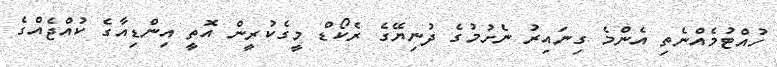
ހުއްޓުމެއްނެތި އެންމެ ގިނައިރު ނެށުމުގެ ދުނިޔޭގެ ރެކޯޑް މީގެކުރީން އޮތީ އިންޑިއާގެ ކުއްޖެއްގެ